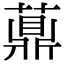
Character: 薡